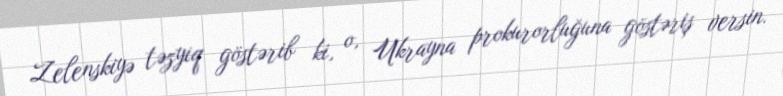
Zelenskiyə təzyiq göstərib ki, o, Ukrayna prokurorluğuna göstəriş versin.